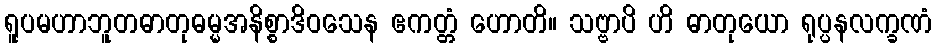
ရူပမဟာဘူတဓာတုဓမ္မအနိစ္စာဒိဝသေန ဧကတ္တံ ဟောတိ။ သဗ္ဗာပိ ဟိ ဓာတုယော ရုပ္ပနလက္ခဏံ